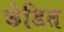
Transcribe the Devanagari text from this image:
छेडित